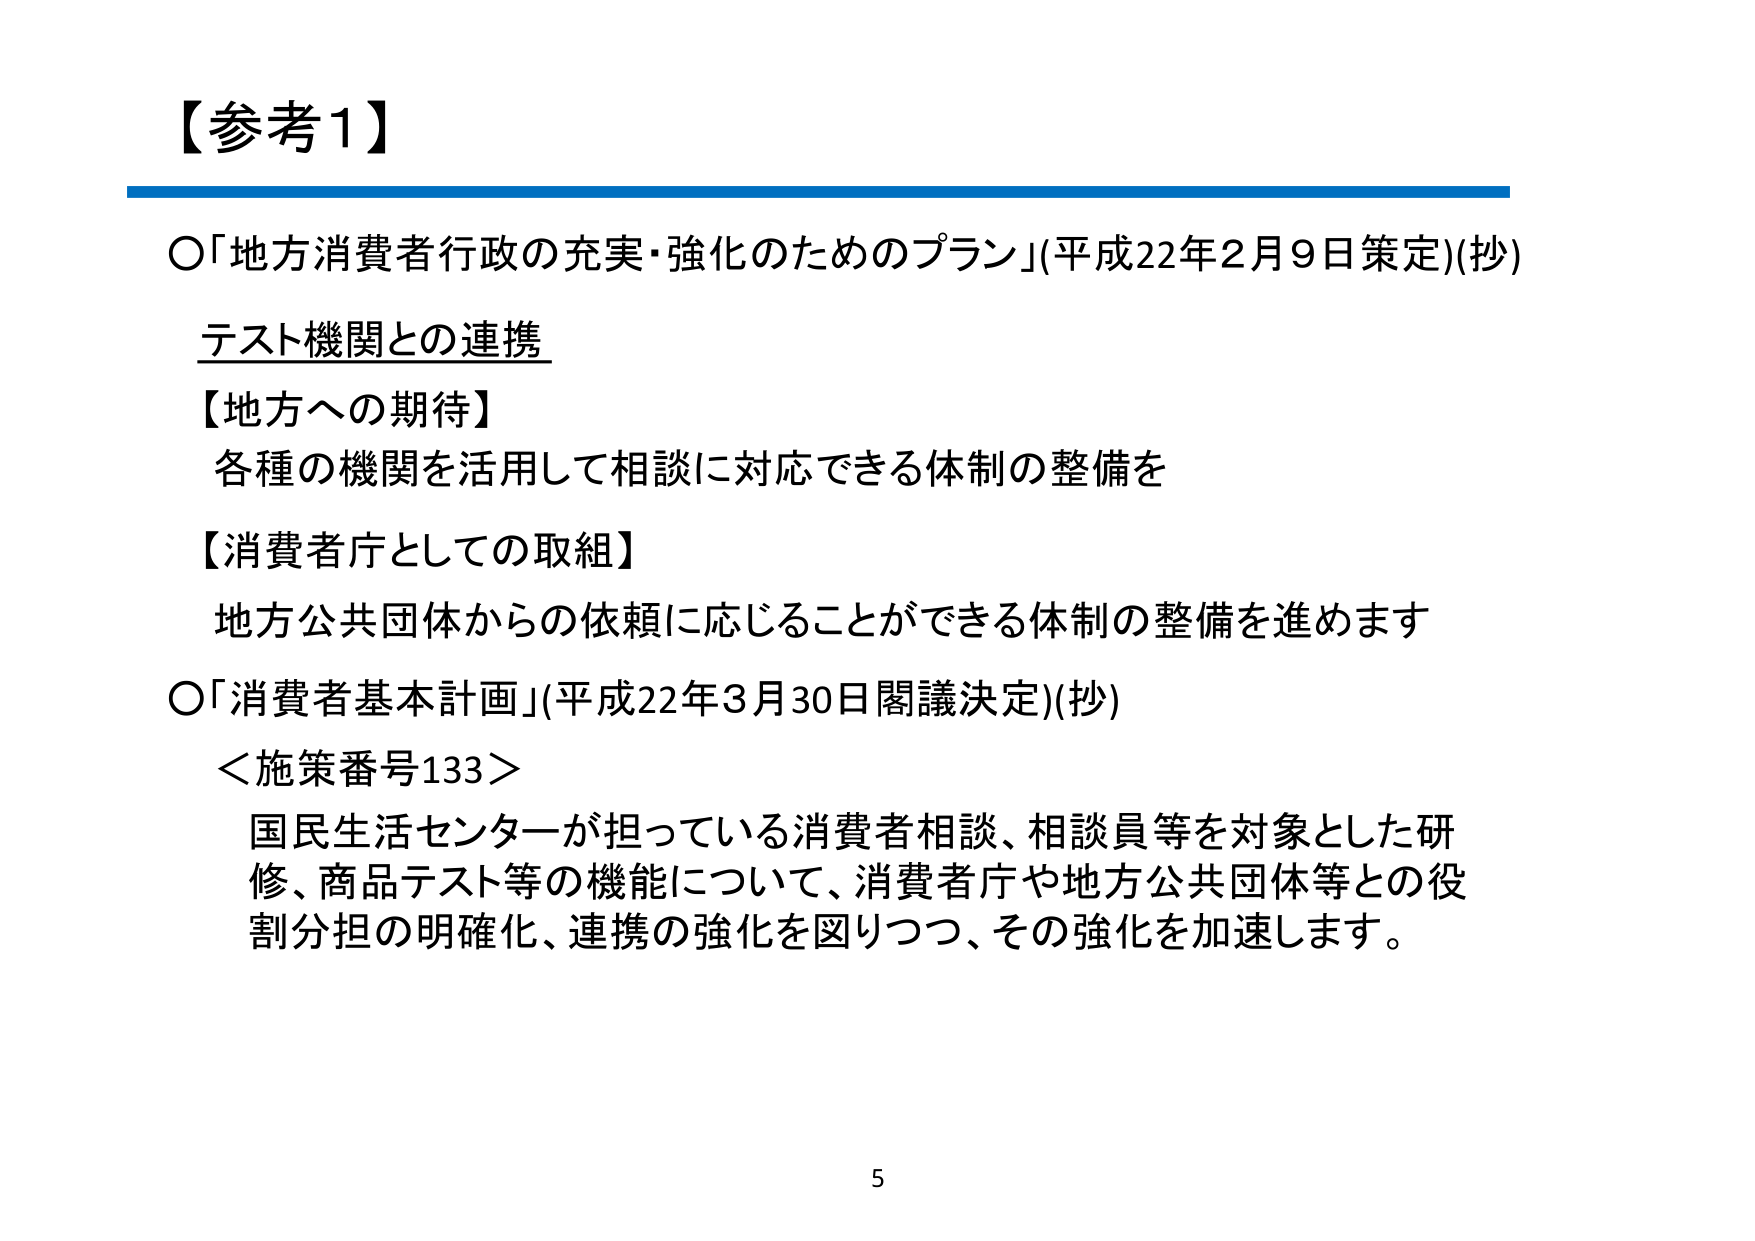
【参考1】

○「地方消費者行政の充実・強化のためのプラン」(平成22年2月9日策定)(抄)

テスト機関との連携

【地方への期待】
各種の機関を活用して相談に対応できる体制の整備を

【消費者庁としての取組】
地方公共団体からの依頼に応じることができる体制の整備を進めます

○「消費者基本計画」(平成22年3月30日閣議決定)(抄)

＜施策番号133＞
国民生活センターが担っている消費者相談、相談員等を対象とした研修、商品テスト等の機能について、消費者庁や地方公共団体等との役割分担の明確化、連携の強化を図りつつ、その強化を加速します。

5